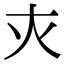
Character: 𡗜